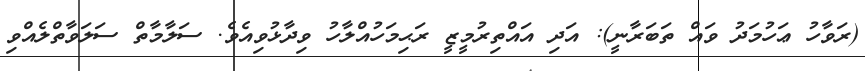
(ރަވާހު ޢަހުމަދު ވައް ތަބަރާނީ): އަދި އައްތިރުމީޒީ ރަޙިމަހުއްލާހު ވިދާޅުވިއެވެ. ސަލާމާތް ސަލަވާތްލެއްވި